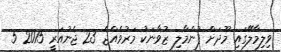
ވިލިމާލޭގައި މޫދަށް ފުންމާލި ޒުވާނަކު މަރުވެއްޖެ 23 ޖެނުއަރީ 2015 5